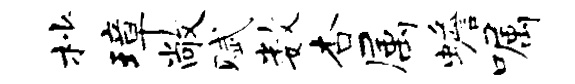
杪璋敞赋数杏属蟾嘱